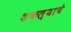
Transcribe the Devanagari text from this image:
शकल्याचे